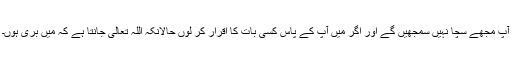
آپؐ مجھے سچا نہیں سمجھیں گے اور اگر مَیں آپؐ کے پاس کسی بات کا اقرار کر لوں حالانکہ اللہ تعالیٰ جانتا ہے کہ مَیں بَری ہوں۔